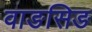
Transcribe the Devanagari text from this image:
वाङसिङ